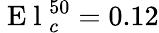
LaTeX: \mathrm{~E~l~}_{c}^{50}=0.12